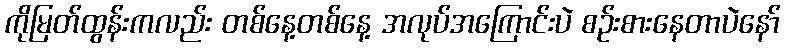
ကိုမြတ်ထွန်းကလည်း တစ်နေ့တစ်နေ့ အလုပ်အကြောင်းပဲ စဉ်းစားနေတာပဲနော်